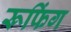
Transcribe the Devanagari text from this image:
रूफिंग